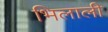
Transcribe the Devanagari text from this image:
भिलाली